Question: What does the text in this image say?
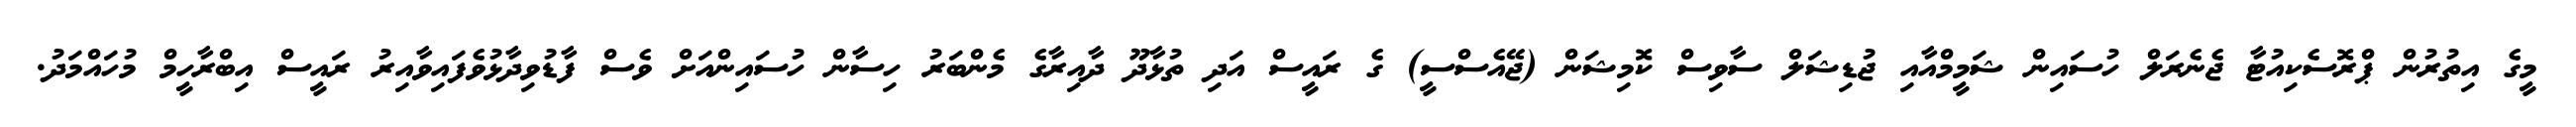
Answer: މީގެ އިތުރުން ޕްރޮސެކިއުޓާ ޖެނެރަލް ހުސައިން ޝަމީމްއާއި ޖުޑިޝަލް ސާވިސް ކޮމިޝަން (ޖޭއެސްސީ) ގެ ރައީސް އަދި ތުޅާދޫ ދާއިރާގެ މެންބަރު ހިސާން ހުސައިންއަށް ވެސް ފާޑުވިދާޅުވެފައިވާއިރު ރައީސް އިބްރާހީމް މުހައްމަދު.